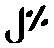
၂%